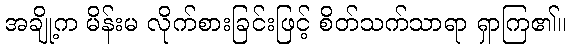
အချို့က မိန်းမ လိုက်စားခြင်းဖြင့် စိတ်သက်သာရာ ရှာကြ၏။